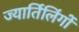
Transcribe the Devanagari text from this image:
ज्यार्तिलिंगों